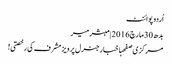
اُردو پوائنٹ
بدھ 30 مارچ 2016 | مبشر میر
مرکزی صفحہاخبارجنرل پرویز مشرف کی رخصتی!